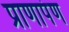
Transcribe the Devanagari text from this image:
प्राणापंण